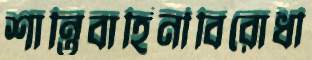
শান্তিবাহিনীবিরোধী